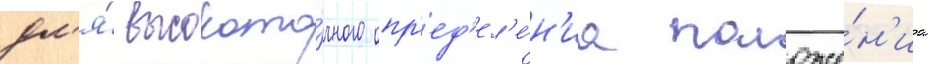
дл'я́ высокото́чного опр'ед'ел'е́н'иа положе́н'иа